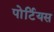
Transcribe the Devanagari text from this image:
पोर्टियस